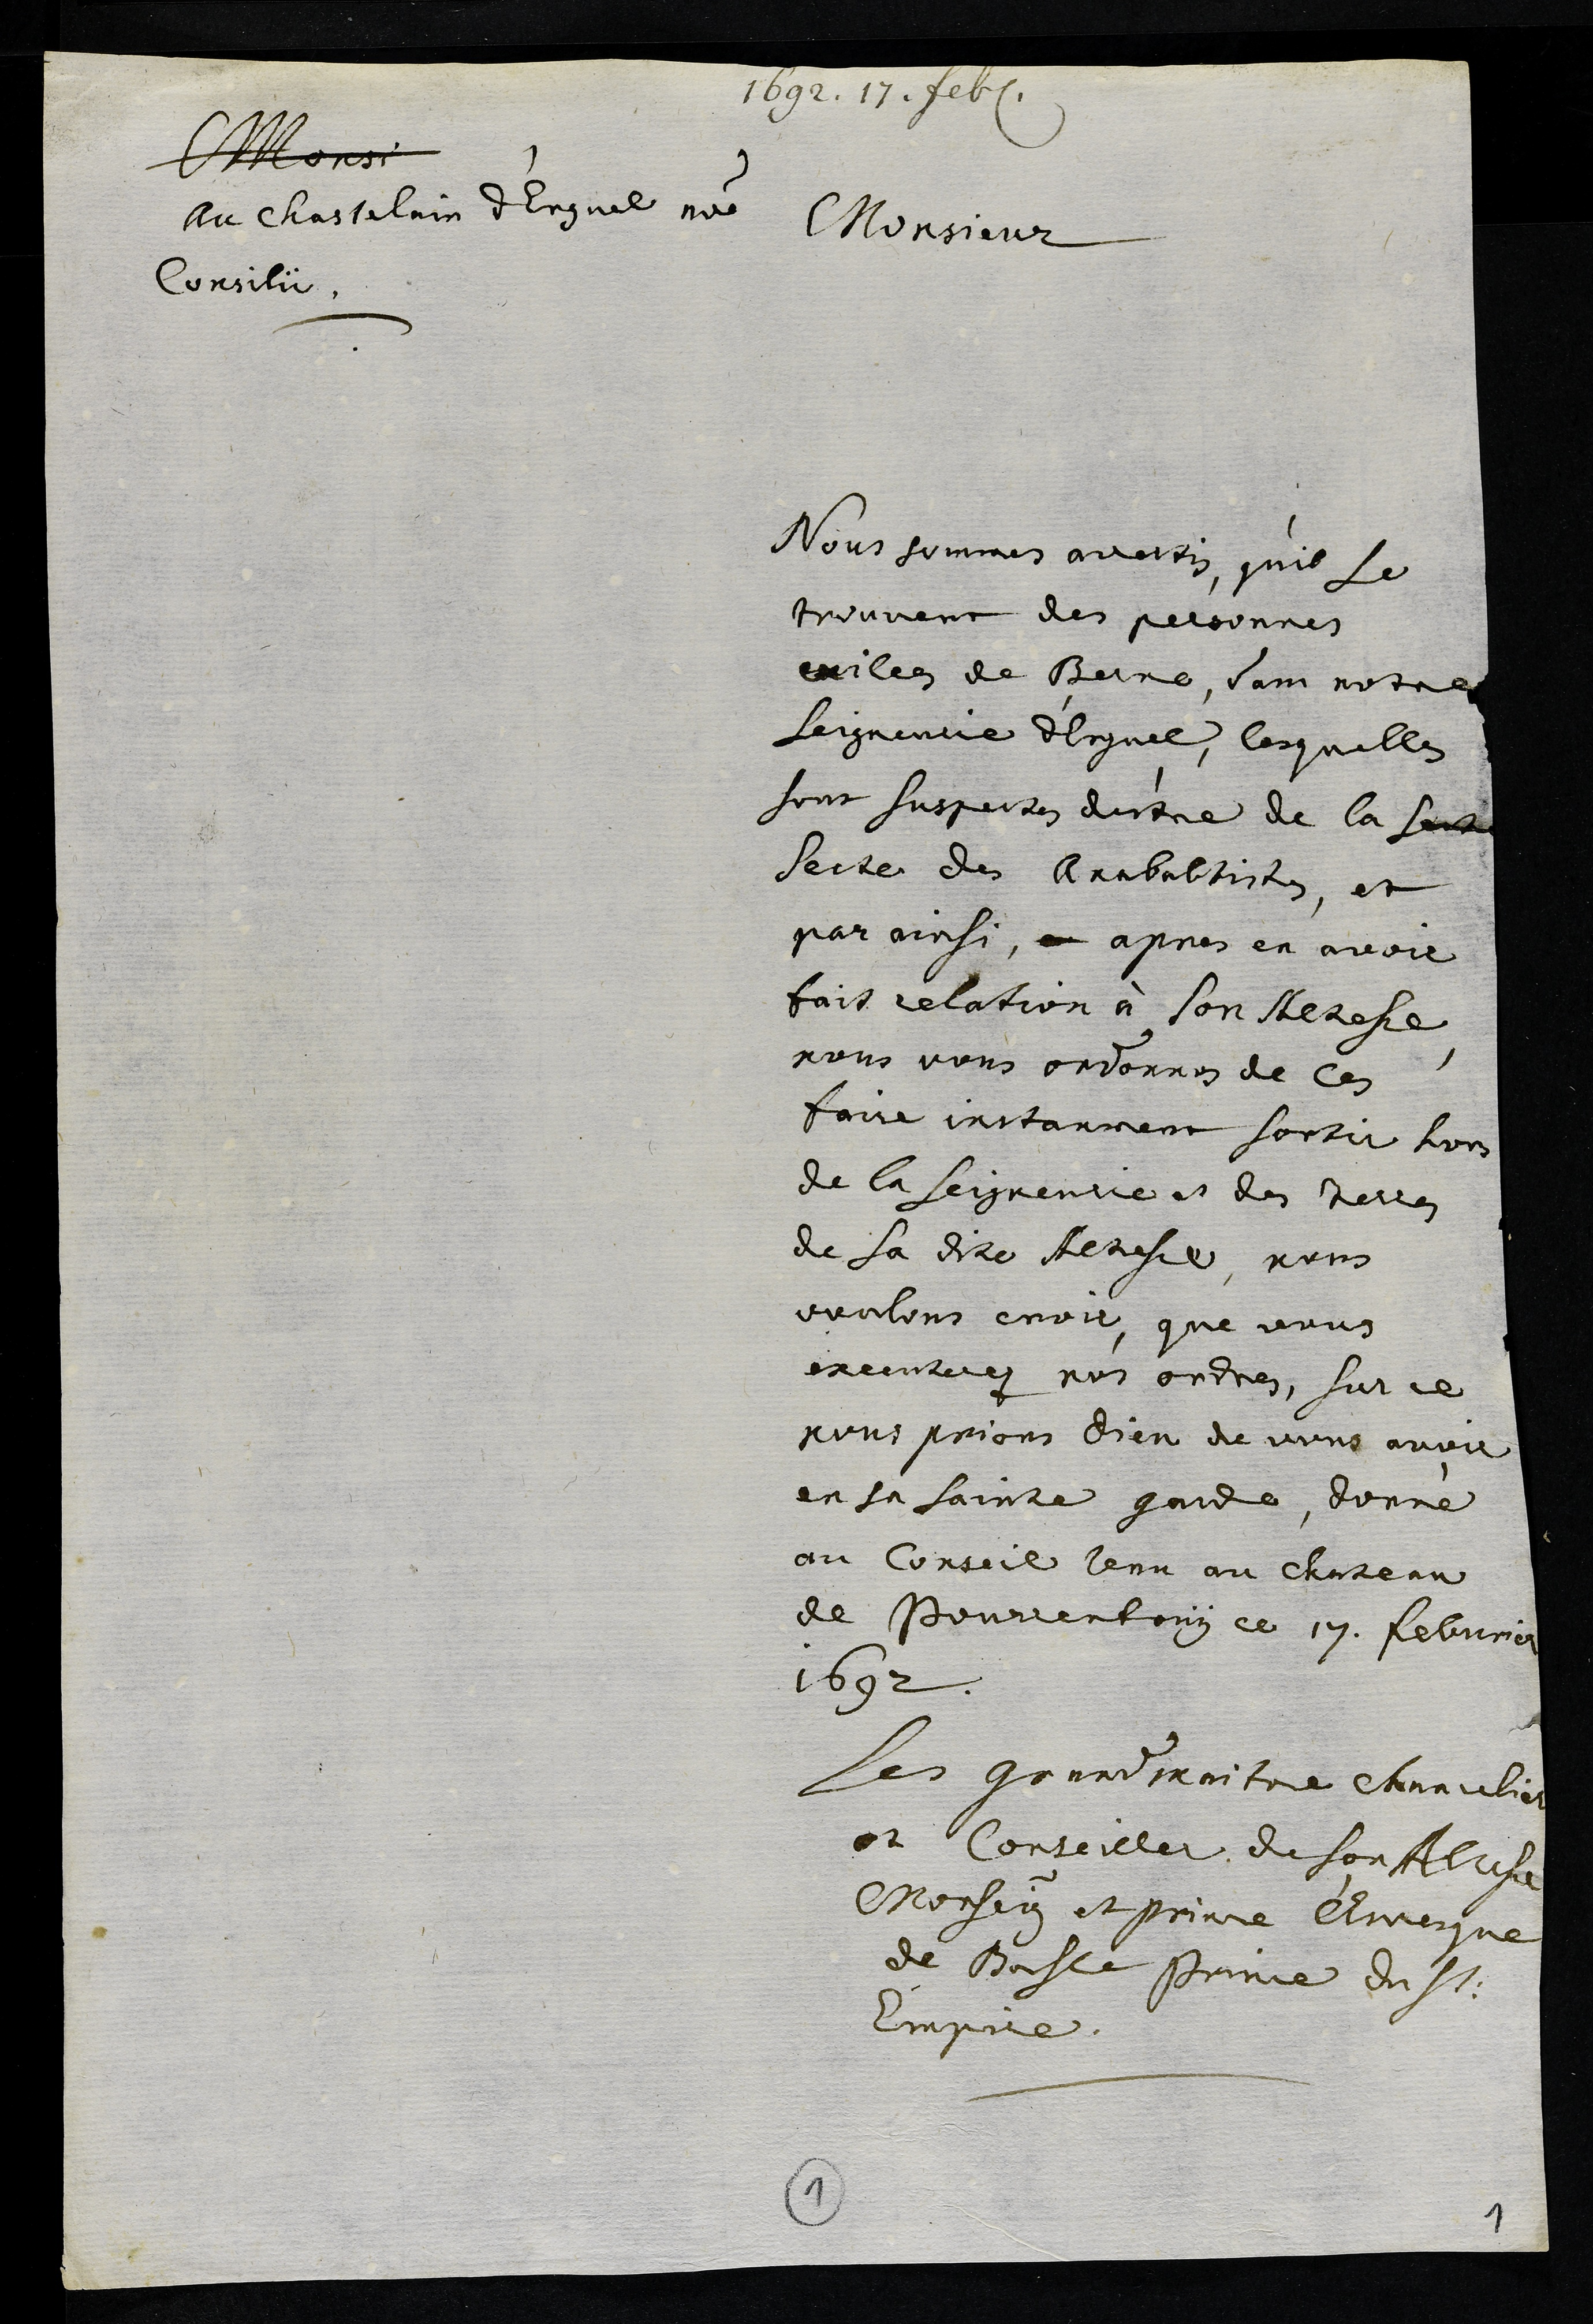
1692. 17. feb.
Monsi
Au chastelain d'Erguel nomine
Consilii.
Monsieur
Nous sommes avertis, qu'il se
trouvent des personnes
exilees de Berne, dans notre
Seigneurie d'Erguel, lesquelles
sont Suspectes d'estre de la secte
Secte des Anababtistes, et
par ainsi, apres en avoir
fait relation à son Altesse,
nous vous ordonnons de les
faire instanment sortir hors
de la Seigneurie et des terres
de Sa dite Altesse, nous
voulons croir, que vous
executerez nos ordres, Sur ce
nous prions Dieu de vous avoir
en sa Sainte garde, donné
au Conseil tenu au Chateau
de Pourrentruy ce 17. febvrier
1692.
Les grand maitre chancelier
et Conseiller du Son Altesse
Monseigneur et prince l'Evesque
de Basle Prince du St.
Empire.
1
1